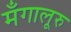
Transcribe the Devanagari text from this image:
मँगालूरु